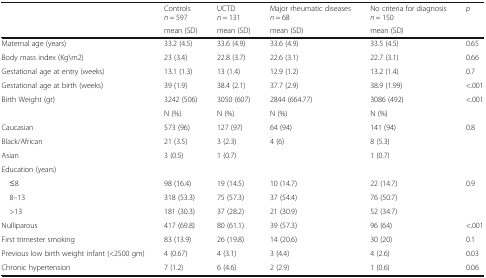
<table><thead><tr><td rowspan="2"></td><td><b>Controls <i>n</i> = 597</b></td><td><b>UCTD <i>n</i> = 131</b></td><td><b>Major rheumatic diseases <i>n</i> = 68</b></td><td><b>No criteria for diagnosis <i>n</i> = 150</b></td><td><b><i>p</i></b></td></tr><tr><td><b>mean (SD)</b></td><td><b>mean (SD)</b></td><td><b>mean (SD)</b></td><td><b>mean (SD)</b></td><td></td></tr></thead><tbody><tr><td>Maternal age (years)</td><td>33.2 (4.5)</td><td>33.6 (4.9)</td><td>33.6 (4.9)</td><td>33.5 (4.5)</td><td>0.65</td></tr><tr><td>Body mass index (Kg\m2)</td><td>23 (3.4)</td><td>22.8 (3.7)</td><td>22.6 (3.1)</td><td>22.7 (3.1)</td><td>0.66</td></tr><tr><td>Gestational age at entry (weeks)</td><td>13.1 (1.3)</td><td>13 (1.4)</td><td>12.9 (1.2)</td><td>13.2 (1.4)</td><td>0.7</td></tr><tr><td>Gestational age at birth (weeks)</td><td>39 (1.9)</td><td>38.4 (2.1)</td><td>37.7 (2.9)</td><td>38.9 (1.99)</td><td>&lt;.001</td></tr><tr><td>Birth Weight (gr)</td><td>3242 (506)</td><td>3050 (607)</td><td>2844 (664.77)</td><td>3086 (492)</td><td>&lt;.001</td></tr><tr><td></td><td>N (%)</td><td>N (%)</td><td>N (%)</td><td>N (%)</td><td></td></tr><tr><td>Caucasian</td><td>573 (96)</td><td>127 (97)</td><td>64 (94)</td><td>141 (94)</td><td rowspan="3">0.8</td></tr><tr><td>Black/African</td><td>21 (3.5)</td><td>3 (2.3)</td><td>4 (6)</td><td>8 (5.3)</td></tr><tr><td>Asian</td><td>3 (0.5)</td><td>1 (0.7)</td><td></td><td>1 (0.7)</td></tr><tr><td colspan="6">Education (years)</td></tr><tr><td> ≤8</td><td>98 (16.4)</td><td>19 (14.5)</td><td>10 (14.7)</td><td>22 (14.7)</td><td rowspan="3">0.9</td></tr><tr><td> 8–13</td><td>318 (53.3)</td><td>75 (57.3)</td><td>37 (54.4)</td><td>76 (50.7)</td></tr><tr><td> &gt;13</td><td>181 (30.3)</td><td>37 (28.2)</td><td>21 (30.9)</td><td>52 (34.7)</td></tr><tr><td>Nulliparous</td><td>417 (69.8)</td><td>80 (61.1)</td><td>39 (57.3)</td><td>96 (64)</td><td>&lt;.001</td></tr><tr><td>First trimester smoking</td><td>83 (13.9)</td><td>26 (19.8)</td><td>14 (20.6)</td><td>30 (20)</td><td>0.1</td></tr><tr><td>Previous low birth weight infant (&lt;2500 gm)</td><td>4 (0.67)</td><td>4 (3.1)</td><td>3 (4.4)</td><td>4 (2.6)</td><td>0.03</td></tr><tr><td>Chronic hypertension</td><td>7 (1.2)</td><td>6 (4.6)</td><td>2 (2.9)</td><td>1 (0.6)</td><td>0.06</td></tr></tbody></table>